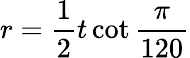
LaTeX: r={\frac{1}{2}}t\cot{\frac{\pi}{120}}